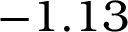
- 1 . 1 3